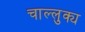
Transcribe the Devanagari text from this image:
चाल्लुक्य